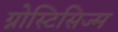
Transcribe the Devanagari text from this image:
ग्नोस्टिसिज्म